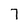
Character: 7